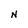
Character: N